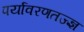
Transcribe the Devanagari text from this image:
पर्यावरणतज्ज्ञ